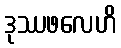
ဒုဿဖလေဟိ